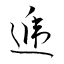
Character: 遞